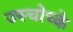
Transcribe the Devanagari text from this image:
ज्स्चोच्के